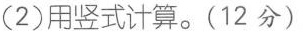
(2)用竖式计算。(12分)